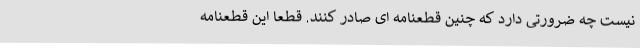
نیست چه ضرورتی دارد که چنین قطعنامه ای صادر کنند. قطعا این قطعنامه